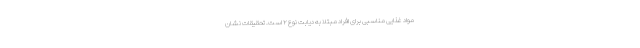
مواد غذایی مناسبی برای افراد مبتلا به دیابت نوع ۲ است. تحقیقات نشان